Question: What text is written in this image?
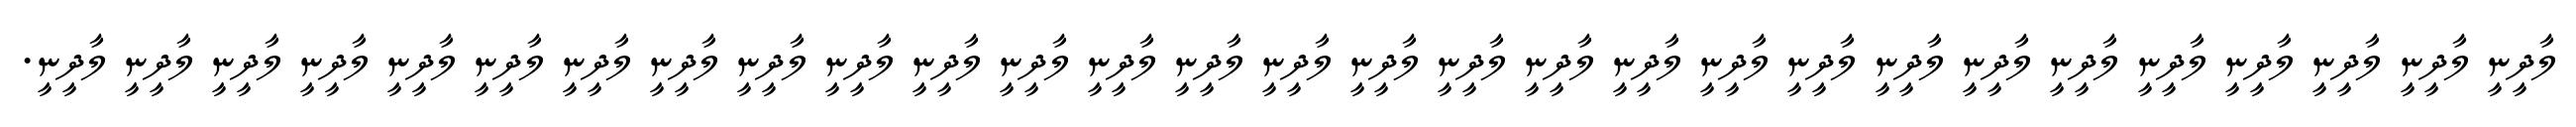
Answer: ލާދީނީ ލާދީނީ ލާދީނީ ލާދީނީ ލާދީނީ ލާދީނީ ލާދީނީ ލާދީނީ ލާދީނީ ލާދީނީ ލާދީނީ ލާދީނީ ލާދީނީ ލާދީނީ ލާދީނީ ލާދީނީ ލާދީނީ ލާދީނީ ލާދީނީ ލާދީނީ ލާދީނީ ލާދީނީ ލާދީނީ ލާދީނީ ލާދީނީ ލާދީނީ ލާދީނީ ލާދީނީ ލާދީނީ.